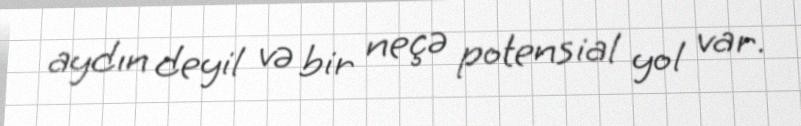
aydın deyil və bir neçə potensial yol var.